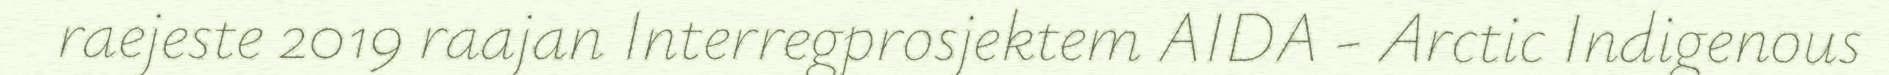
raejeste 2019 raajan Interregprosjektem AIDA - Arctic Indigenous